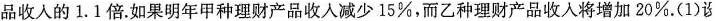
品收人的1.1倍。如果明年甲种理财产品收入减少15%，而乙种理财产品收入将增加20%。（1）设